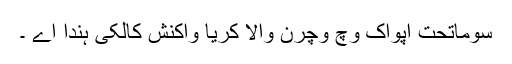
سوماتحت اپواک وچ وچرن والا کریا واکنش کالکی ہندا اے ۔